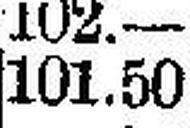
101.50